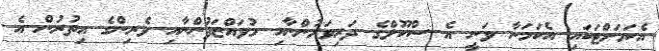
އެކަމަށްޓަކައި އެކަމަނާ ވަނީ އެ ސްކޫލްގެ ދަރިވަރުންނާއި މުވައްޒަފުންނާއި ވެރިންގެ އިތުރުން އެ